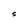
Character: S